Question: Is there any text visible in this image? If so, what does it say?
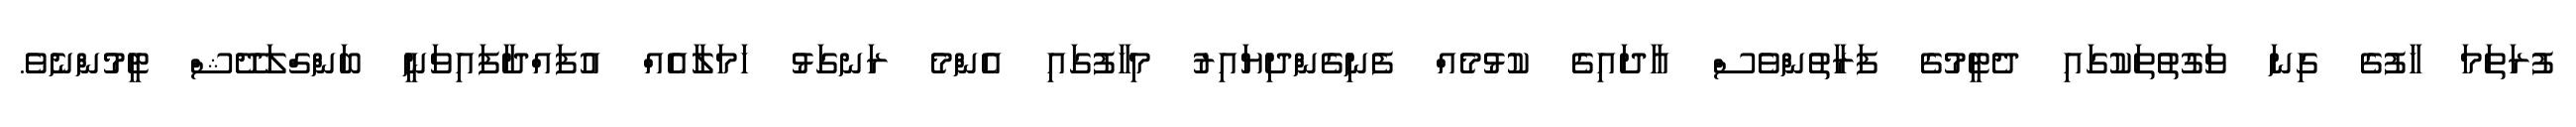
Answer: ފުރަތަމަ ހާފުގެ ގިނަ ވަގުތުތަކުގައި ދެޓީމުގެ ފަރާތުންވެސް އާދައިގެ ކުޅުމެއް ފެނިގެންދިޔައިރު މިހާފުގައި އެންމެ ރަނގަޅު ހަމަލާއެއް އުފައްދާފައިވަނީ ބަންގްލަދޭޝް ޓީމުންނެވެ.